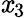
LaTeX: \mathit{x}_{3}